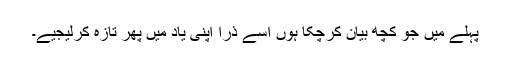
پہلے میں جو کچھ بیان کرچکا ہوں اسے ذرا اپنی یاد میں پھر تازہ کرلیجیے۔